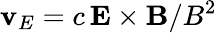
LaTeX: \mathbf{v}_{E}=c\, \mathbf{E}\times\mathbf{B}/B^{2}